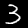
Digit: 3